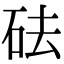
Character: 砝